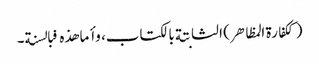
(ککفارة المظاهر) الثابتة بالکتاب، وأما هذه فبالسنة۔